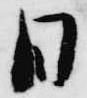
日